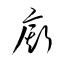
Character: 廝